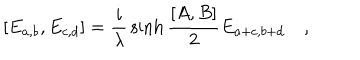
LaTeX: [ E _ { a , b } , E _ { c , d } ] = { \frac { i } { \lambda } } \sinh { { \frac { [ A , B ] } { 2 } } } E _ { a + c , b + d } \quad ,